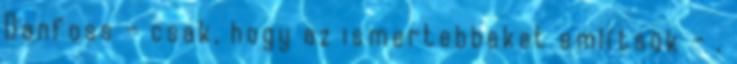
Danfoss – csak, hogy az ismertebbeket említsük – ,